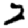
Digit: 2